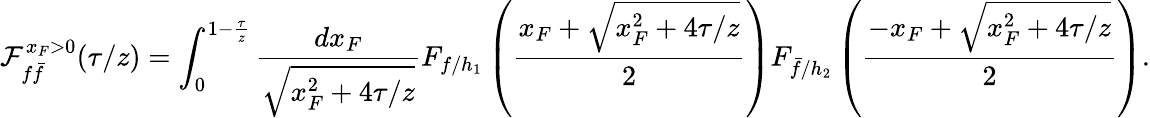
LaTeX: {\cal F}_{f\bar{f}}^{x_{F}>0}(\tau/z)=\int_{0}^{1-{\frac{\tau}{z}}}{\frac{dx_{F}}{\sqrt{x_{F}^{2}+4\tau/z}}}F_{f/h_{1}}\left({\frac{x_{F}+\sqrt{x_{F}^{2}+4\tau/z}}{2}}\right)F_{\bar{f}/h_{2}}\left({\frac{-x_{F}+\sqrt{x_{F}^{2}+4\tau/z}}{2}}\right).